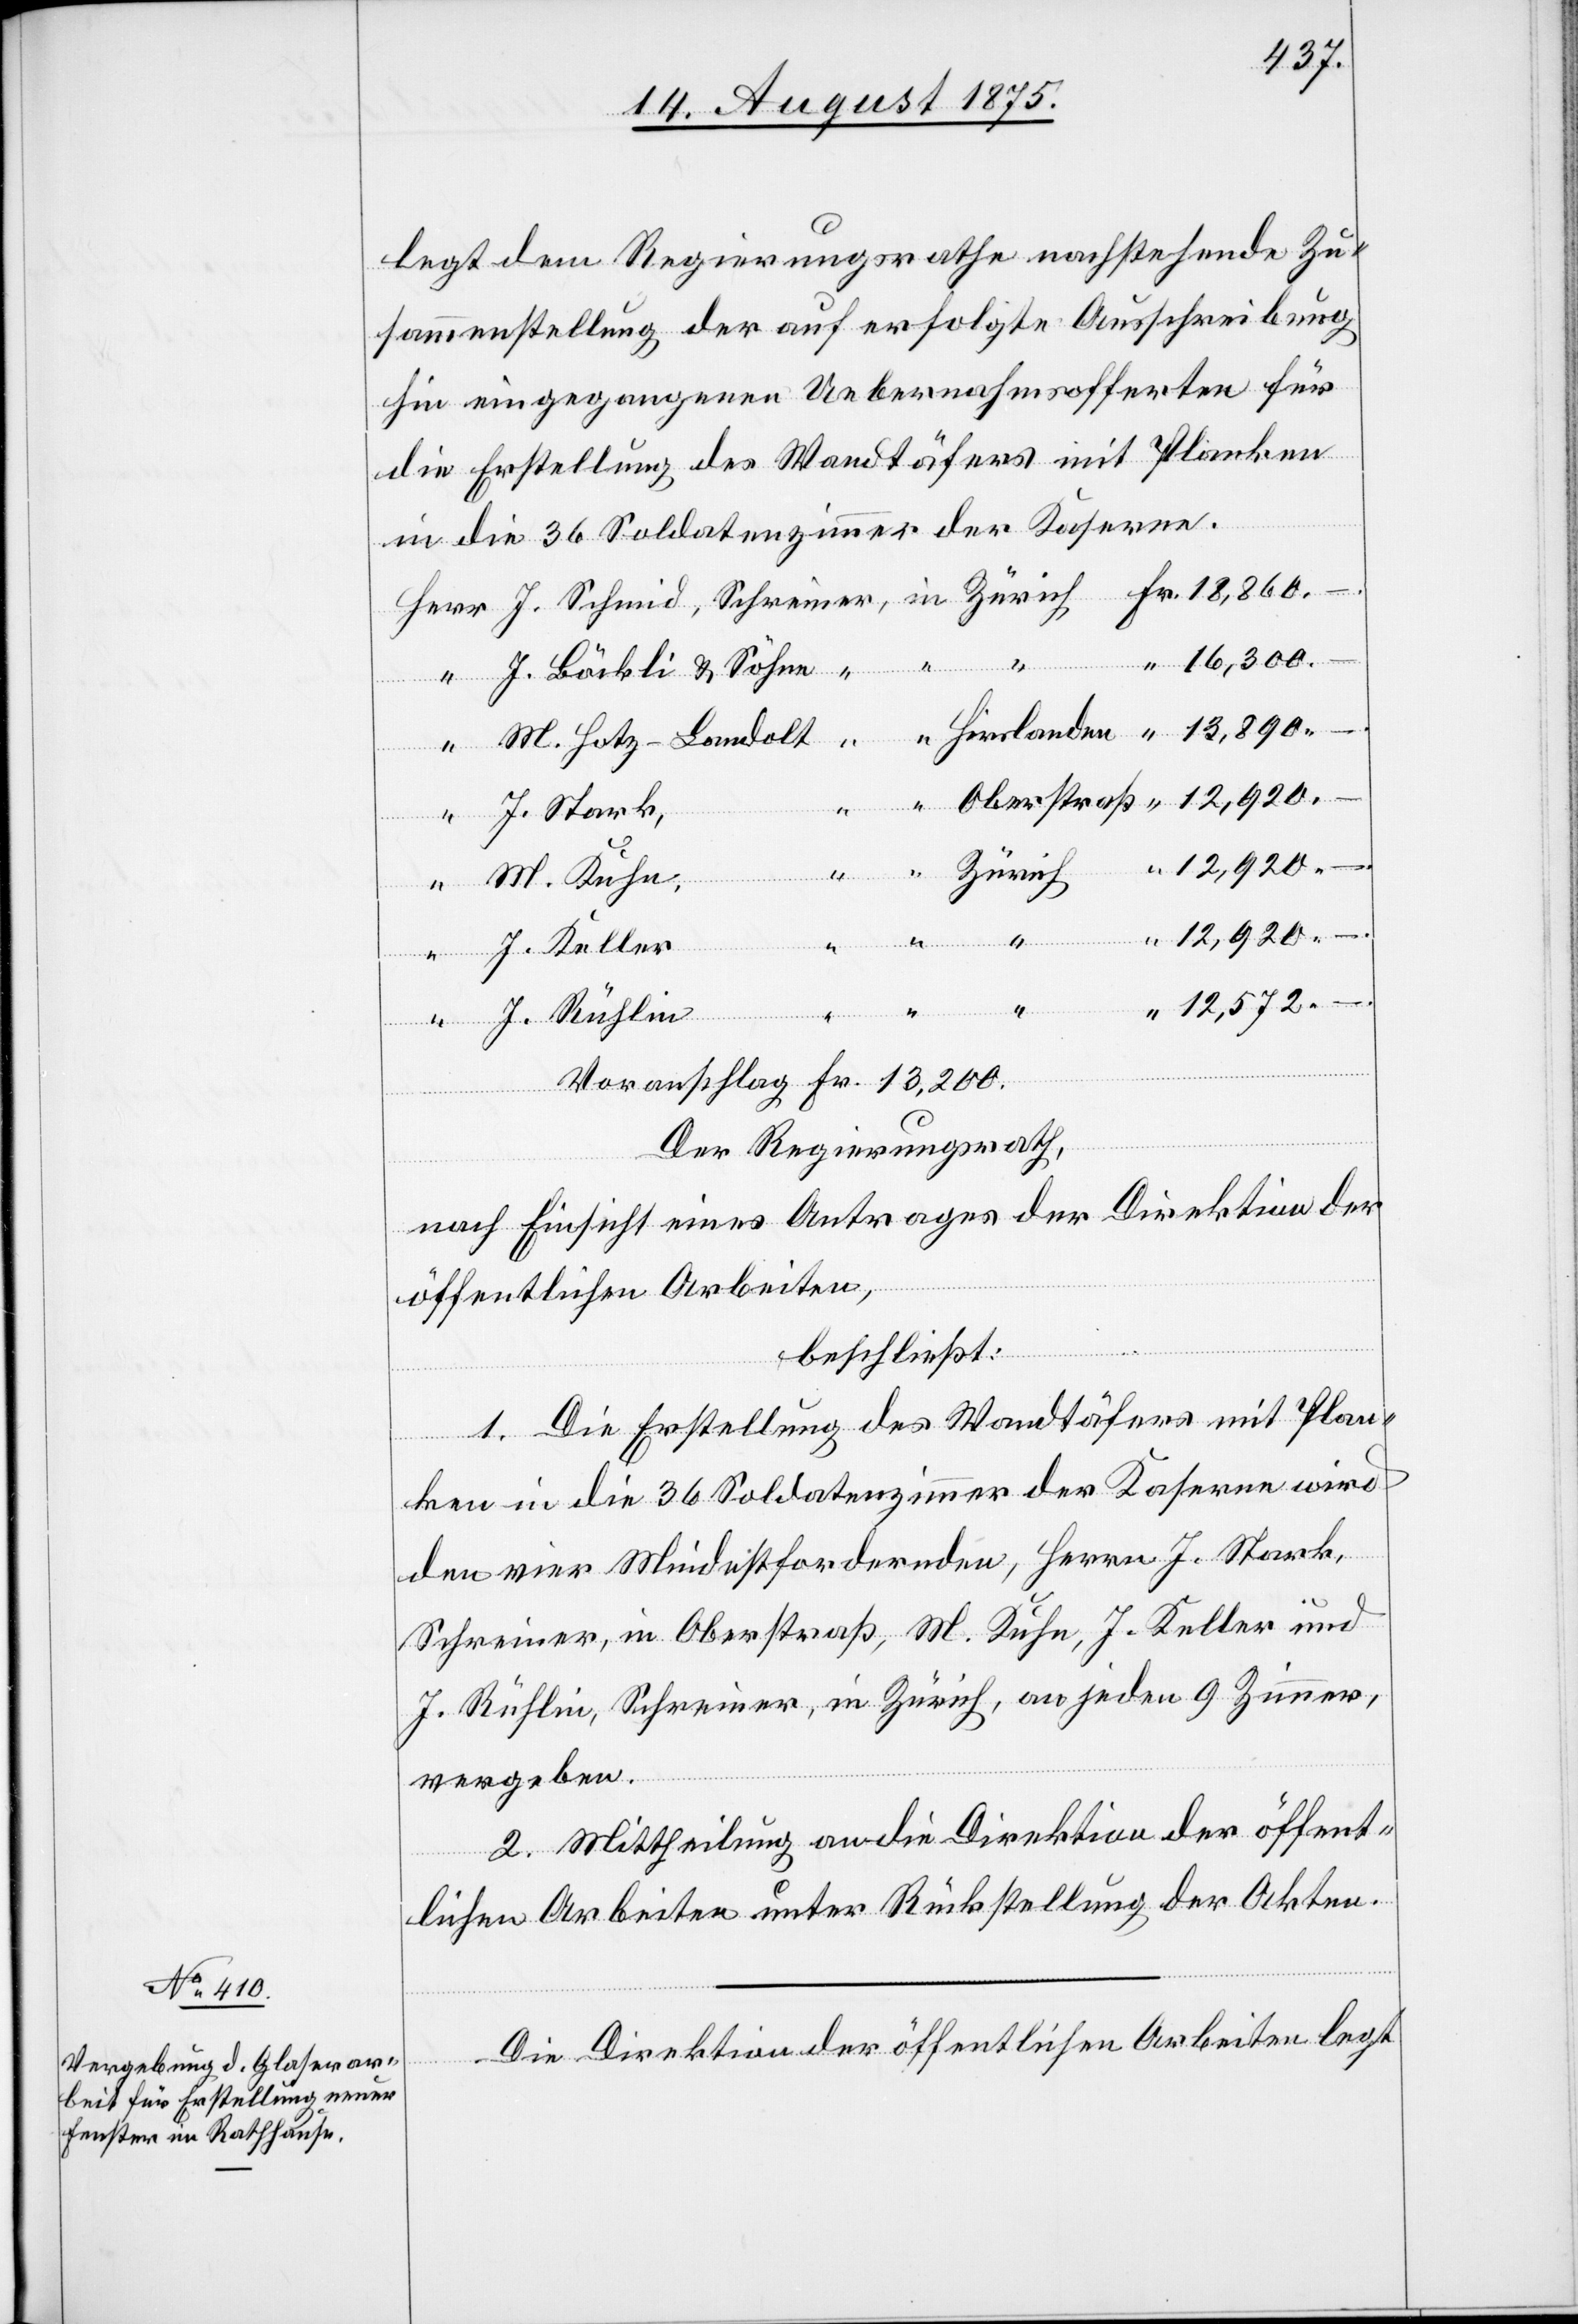
legt dem Regierungsrathe nachstehende Zu¬
sammenstellung der auf erfolgte Ausschreibung
hin eingezogenen Uebernahmsofferten für
die Erstellung des Wandtäfers mit Planken
in die 36 Soldatenzimmer der Kaserne
16,300
Keller,
J. Bürkli & Söhne
“
–.
M. Hotz-Landolt,
J. Stark,
in
12,920
Fr.
12,572 –.
J. Rühlin,
Voranschlag Fr. 13,200.
Der Regierungsrath,
nach Einsicht eines Antrages der Direktion der
öffentlichen Arbeiten,
beschließt:
1. Die Erstellung des Wandtäfers mit Plan¬
ken in die 36 Soldatenzimmer der Kaserne wird
den vier Mindestfordernden, Herrn J. Stark,
Schreiner, in Oberstraß, M. Kuhn, J. Keller und
J. Rühlin, Schreiner in Zürich, an jeden 9 Zimmer,
vergeben.
2. Mittheilung an die Direktion der öffent¬
lichen Arbeiten unter Rückstellung der Akten.
Die Direktion der öffentlichen Arbeiten legt